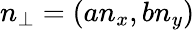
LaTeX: n_{\perp}=(an_{x},bn_{y})